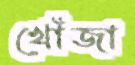
খোঁজা